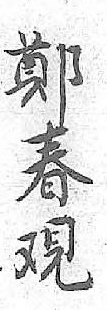
鄭春覌